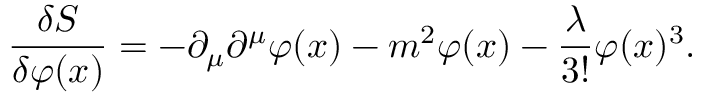
{ \frac { \delta S } { \delta \varphi ( x ) } } = - \partial _ { \mu } \partial ^ { \mu } \varphi ( x ) - m ^ { 2 } \varphi ( x ) - { \frac { \lambda } { 3 ! } } \varphi ( x ) ^ { 3 } .